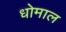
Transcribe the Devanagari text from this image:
धोमाल